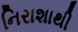
નિરાશાથી